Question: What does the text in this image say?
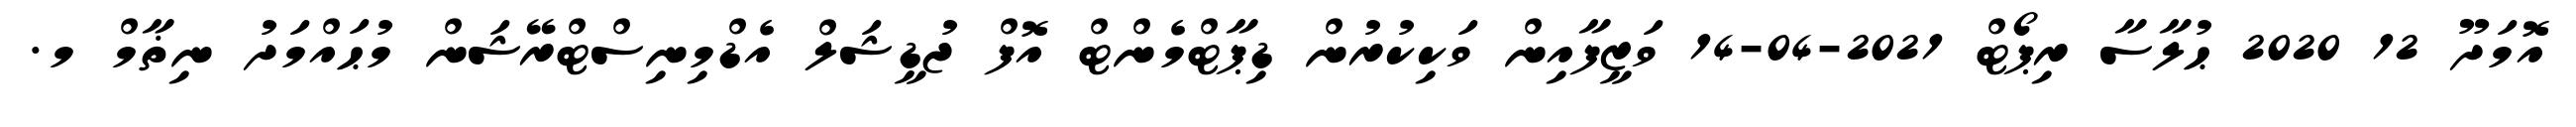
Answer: އޮމަދޫ 12 2020 ޙުލާސާ ރިޕޯޓް 2021-04-14 ވަޒީފާއިން ވަކިކުރުން ޑިޕާޓްމެންޓް އޮފް ޖުޑީޝަލް އެޑްމިނިސްޓްރޭޝަން މުޙައްމަދު ނިޡާމް މ.